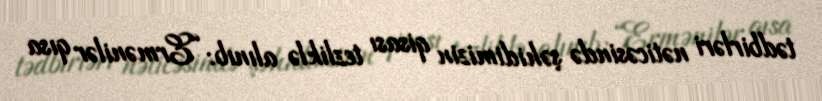
tədbirləri nəticəsində şəhidimizin qisası tezliklə alınıb: “Ermənilər qısa